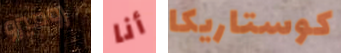
روميرو أنا كوستاريكا